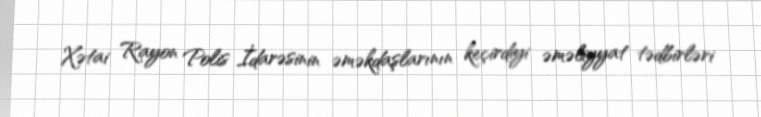
Xətai Rayon Polis İdarəsinin əməkdaşlarının keçirdiyi əməliyyat tədbirləri